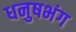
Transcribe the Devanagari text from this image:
धनुषभंग